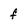
Character: f